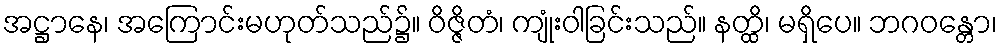
အဋ္ဌာနေ၊ အကြောင်းမဟုတ်သည်၌။ ဝိဇ္ဇိတံ၊ ကျုံးဝါခြင်းသည်။ နတ္ထိ၊ မရှိပေ။ ဘဂဝန္တော၊